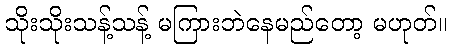
သိုးသိုးသန့်သန့် မကြားဘဲနေမည်တော့ မဟုတ်။